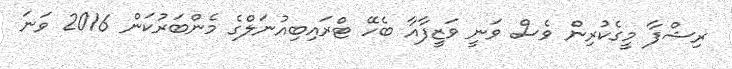
ރިޝްފާ މީގެކުރިން ވެސް ވަނީ ވަޒީފާއާ ބެހޭ ޓްރައިބިއުނަލްގެ މެންބަރުކަން 2016 ވަނަ